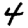
Digit: 4